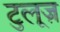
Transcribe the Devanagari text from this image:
टुलूज़